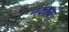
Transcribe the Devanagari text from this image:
नकाम